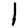
Digit: 1